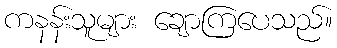
ကနန်းသူများ ချောကြပေသည်။